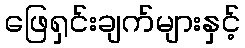
ဖြေရှင်းချက်များနှင့်